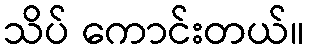
သိပ် ကောင်းတယ်။